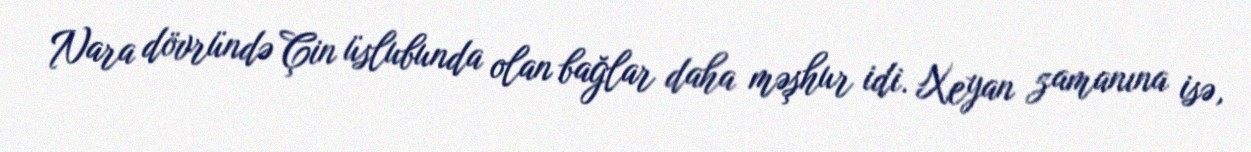
Nara dövründə Çin üslubunda olan bağlar daha məşhur idi. Xeyan zamanına isə,